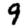
Digit: 9